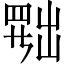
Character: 𦋦